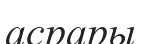
асрары